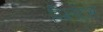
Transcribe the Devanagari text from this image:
पिग्लेट्स